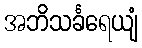
အဘိသင်္ခရေယျံ